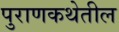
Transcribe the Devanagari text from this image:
पुराणकथेतील